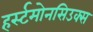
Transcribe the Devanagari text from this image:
हर्स्टमोनसिउक्स